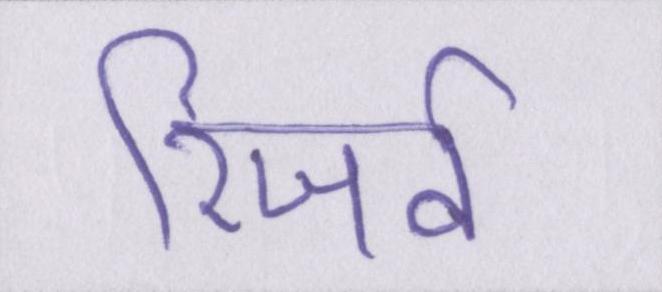
रिजर्व